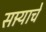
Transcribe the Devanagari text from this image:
सार्‍याचे